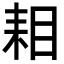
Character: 𮋦